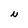
Character: N